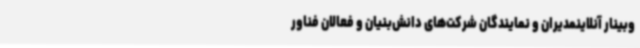
وبینار آنلاینمدیران و نمایندگان شرکت‌های دانش‌بنیان و فعالان فناور